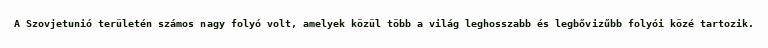
A Szovjetunió területén számos nagy folyó volt, amelyek közül több a világ leghosszabb és legbővizűbb folyói közé tartozik.